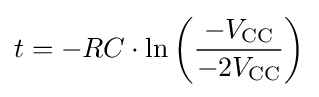
t=-RC\cdot \ln \left({\frac {-V_{\text{CC}}}{-2V_{\text{CC}}}}\right)